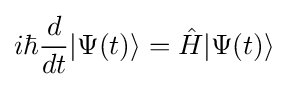
i\hbar {\frac {d}{dt}}\vert \Psi (t)\rangle ={\hat {H}}\vert \Psi (t)\rangle